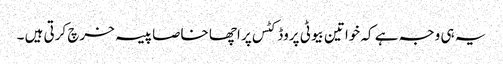
یہ ہی وجہ ہے کہ خواتین بیوٹی پروڈکٹس پر اچھا خاصا پیسہ خرچ کرتی ہیں ۔